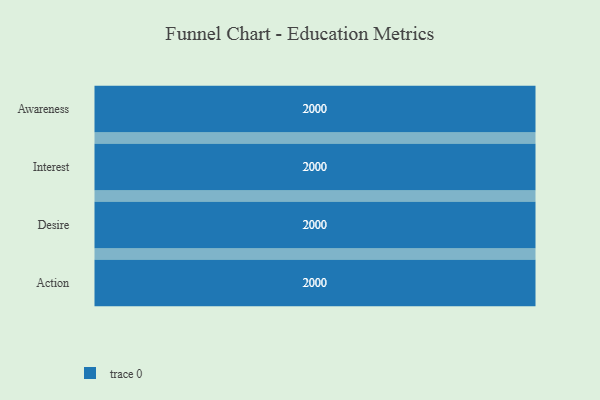
{"axis": {"x": "Stage", "y": "Value"}, "legend": [""], "data": [{"x": "Awareness", "y": 2000, "type": ""}, {"x": "Interest", "y": 2000, "type": ""}, {"x": "Desire", "y": 2000, "type": ""}, {"x": "Action", "y": 2000, "type": ""}]}